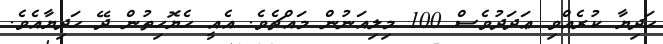
ހަދިޔާ ކުރެއްވި ޢަދަދުވެސް 100 މިލިއަނުން މައްޗެވެ. އެއީ ހެޔޮހިތުން ދޭ ހަދިޔާއެވެ.